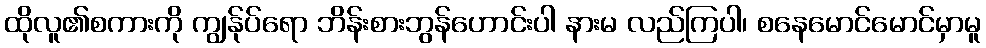
ထိုလူ၏စကားကို ကျွန်ုပ်ရော ဘိန်းစားဘွန်ဟောင်းပါ နားမ လည်ကြပါ၊ စနေမောင်မောင်မှာမူ